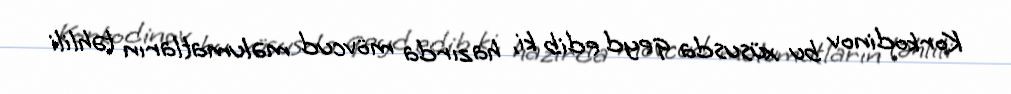
Korkodinov bu xüsusda qeyd edib ki, hazırda mövcud məlumatların təhlili